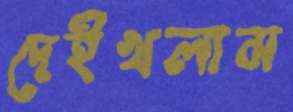
দেইখলাম